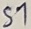
Text: S1